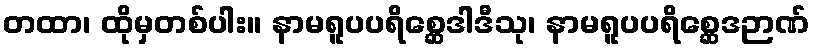
တထာ၊ ထိုမှတစ်ပါး။ နာမရူပပရိစ္ဆေဒါဒီသု၊ နာမရူပပရိစ္ဆေဒဉာဏ်